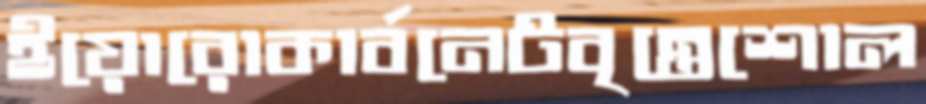
ইয়োরোকার্বনেটবৃন্তেশোল